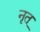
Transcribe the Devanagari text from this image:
नृत्